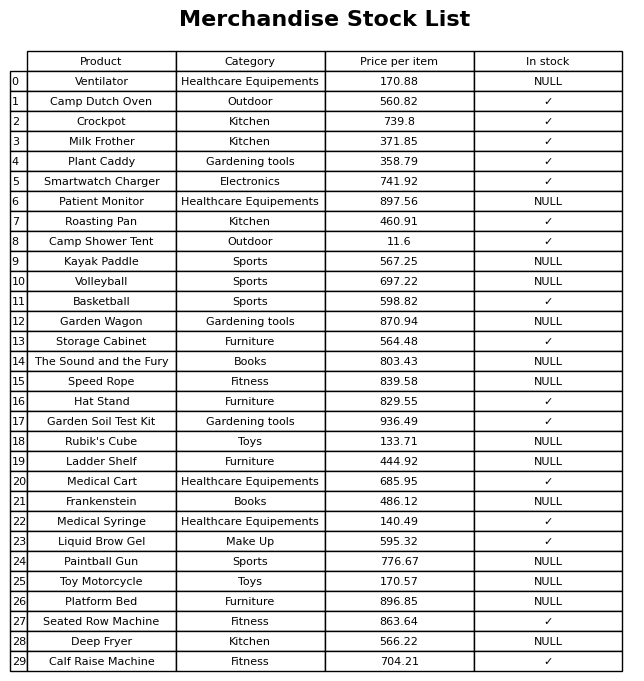
question: Which products are currently out of stock?
answer: Ventilator, Patient Monitor, Kayak Paddle, Volleyball, Garden Wagon, The Sound and the Fury, Speed Rope, Rubik's Cube, Ladder Shelf, Frankenstein, Paintball Gun, Toy Motorcycle, Platform Bed, Deep Fryer